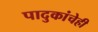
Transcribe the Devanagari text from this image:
पादुकांचेही